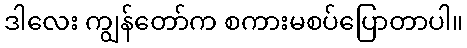
ဒါလေး ကျွန်တော်က စကားမစပ်ပြောတာပါ။